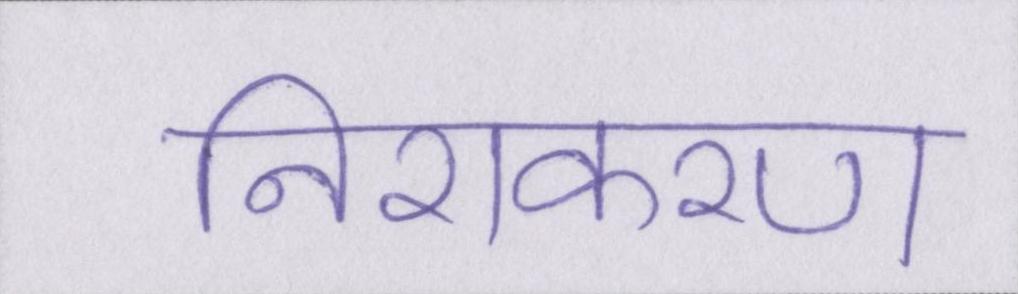
निराकरण